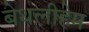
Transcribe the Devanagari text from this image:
बेथलीहेम